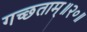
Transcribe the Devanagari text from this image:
गच्छताम्‌॥२०॥